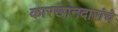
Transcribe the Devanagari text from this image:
कारखानदारांचे